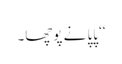
‘‘ پاپا نے پوچھا۔